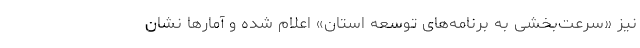
نیز «سرعت‌بخشی به برنامه‌های توسعه استان» اعلام شده و آمارها نشان